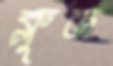
ক্লুজ